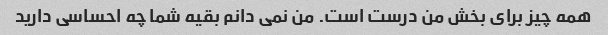
همه چیز برای بخش من درست است. من نمی دانم بقیه شما چه احساسی دارید